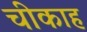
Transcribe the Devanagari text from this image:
चीकाह